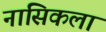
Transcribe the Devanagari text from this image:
नासिकला